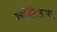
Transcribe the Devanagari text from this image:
ज्योतिरूपा